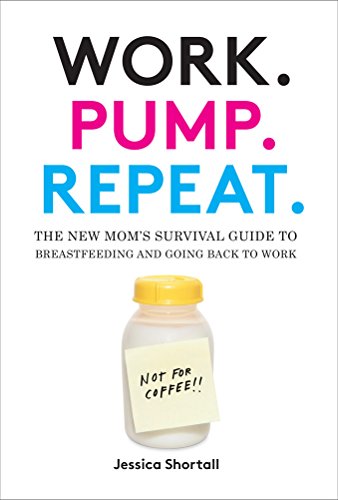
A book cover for Work. Pump. Repeat.: The New Mom's Survival Guide to Breastfeeding and Going Back to Work; Jessica Shortall; Parenting & Relationships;